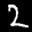
Label: 2